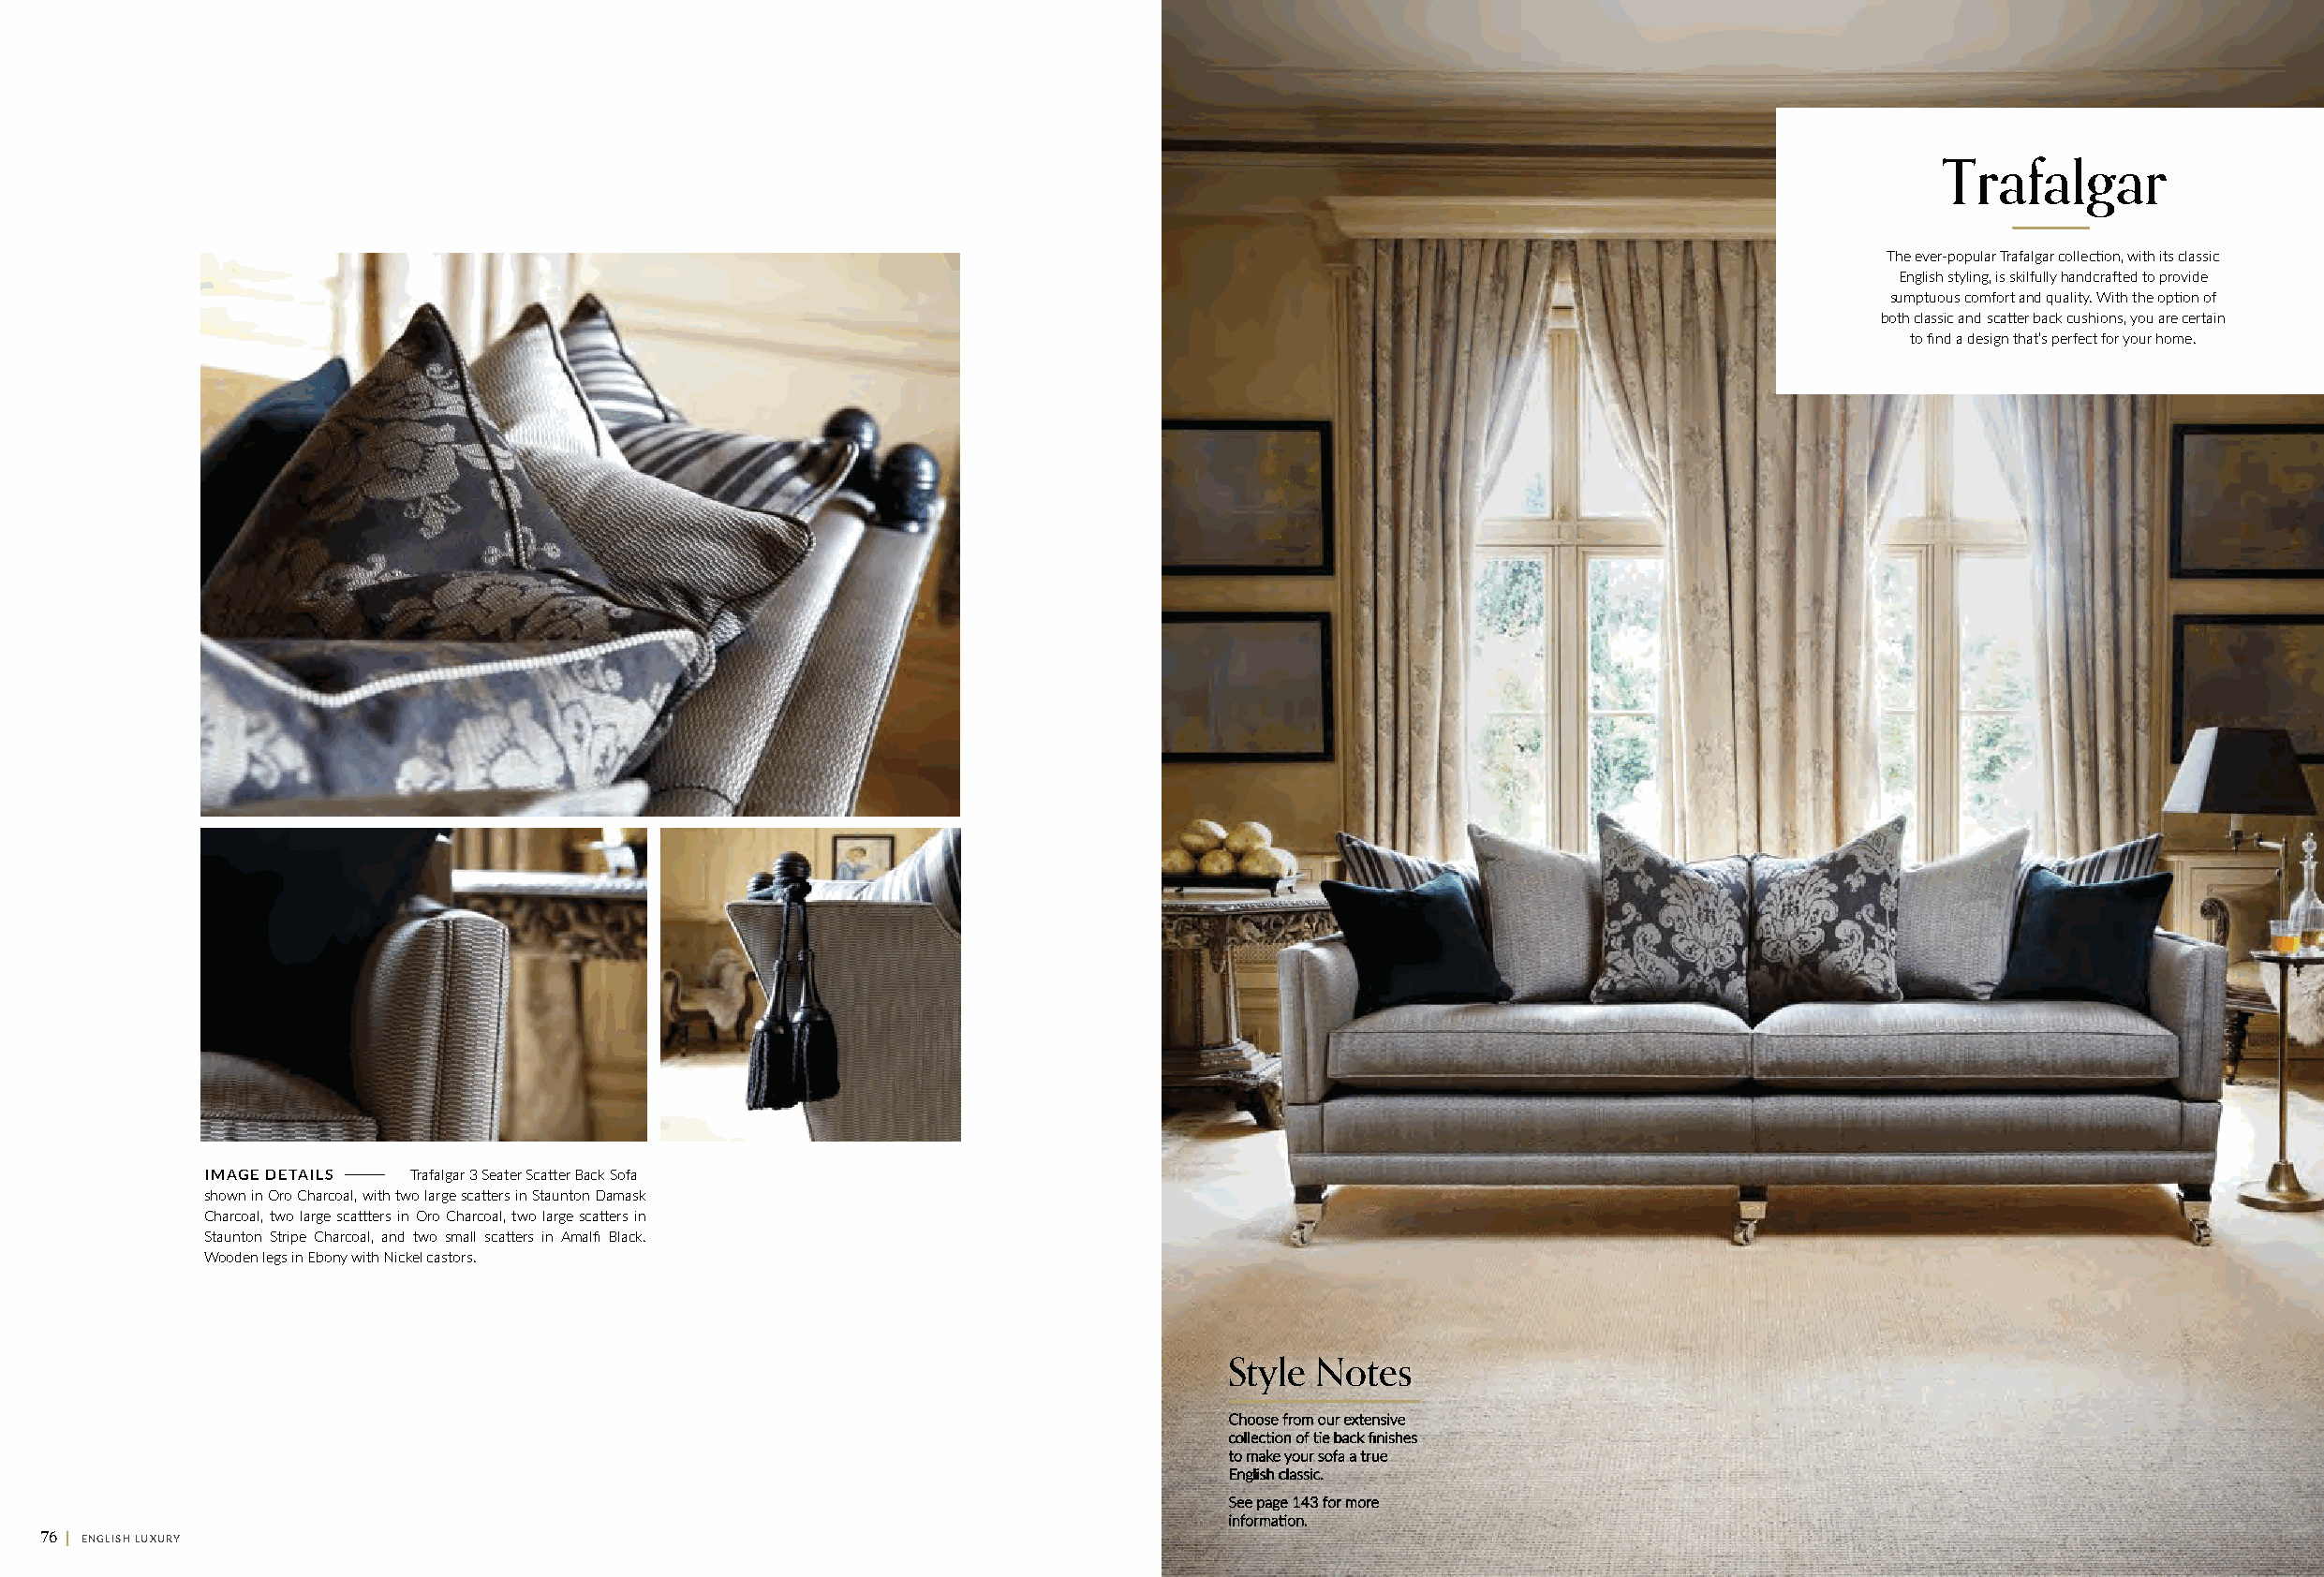
Trafalgar
 The ever-popular Trafalgar collection, with its classic
 English styling, is skilfully handcrafted to provide
 sumptuous comfort and quality. With the option of
 both classic and scatter back cushions, you are certain
 to find a design that’s perfect for your home.
 I M A G E D E T A I L S Trafalgar 3 Seater Scatter Back Sofa
 shown in Oro Charcoal, with two large scatters in Staunton Damask
 Charcoal, two large scattters in Oro Charcoal, two large scatters in
 Staunton Stripe Charcoal, and two small scatters in Amalfi Black.
 Wooden legs in Ebony with Nickel castors.
 Style Notes
 CChhoooossee ffrroomm oouurr eexxtteennssiivvee
 ccoolllleecctitioonn ooff titiee bbaacckk fifinniisshheess
 ttoo mmaakkee yyoouurr ssooffaa aa ttrruuee
 EEnngglliisshh ccllaassssiicc..
 SSeeee ppaaggee 114433 ffoorr mmoorree
 iinnffoorrmmaatitioonn..
 76 || ENGLISH LUXURY                                                                                                                                         77
 ENGLISH LUXURY ||